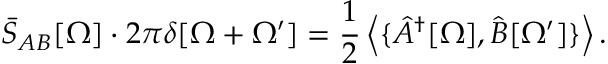
\bar { S } _ { A B } [ \Omega ] \cdot 2 \pi \delta [ \Omega + \Omega ^ { \prime } ] = \frac { 1 } { 2 } \left\langle { \{ \hat { A } ^ { \dagger } [ \Omega ] , \hat { B } [ \Omega ^ { \prime } ] \} } \right\rangle .